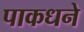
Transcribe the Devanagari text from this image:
पाकधने